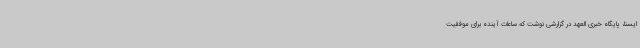
ایسنا، پایگاه خبری العهد در گزارشی نوشت که ساعات آینده برای موفقیت